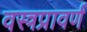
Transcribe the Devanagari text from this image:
वस्त्रप्रावर्ण